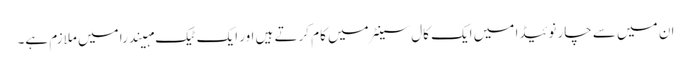
ان میں سے چار نوئیڈا میں ایک کال سینٹر میں کام کرتے ہیں اور ایک ٹیک مہیندرا میں ملازم ہے۔